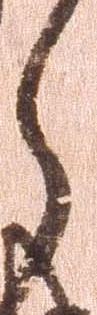
ら